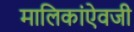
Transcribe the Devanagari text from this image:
मालिकांऐवजी